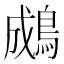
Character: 𪁋